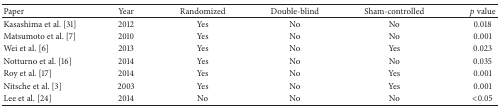
<table><thead><tr><td><b>Paper</b></td><td><b>Year</b></td><td><b>Randomized</b></td><td><b>Double-blind</b></td><td><b>Sham-controlled</b></td><td><b><i>p</i> value</b></td></tr></thead><tbody><tr><td>Kasashima et al. [31]</td><td>2012</td><td>Yes</td><td>No</td><td>No</td><td>0.018</td></tr><tr><td>Matsumoto et al. [7]</td><td>2010</td><td>Yes</td><td>No</td><td>No</td><td>0.001</td></tr><tr><td>Wei et al. [6]</td><td>2013</td><td>Yes</td><td>No</td><td>Yes</td><td>0.023</td></tr><tr><td>Notturno et al. [16]</td><td>2014</td><td>Yes</td><td>No</td><td>No</td><td>0.035</td></tr><tr><td>Roy et al. [17]</td><td>2014</td><td>Yes</td><td>No</td><td>Yes</td><td>0.001</td></tr><tr><td>Nitsche et al. [3]</td><td>2003</td><td>Yes</td><td>No</td><td>Yes</td><td>0.001</td></tr><tr><td>Lee et al. [24]</td><td>2014</td><td>No</td><td>No</td><td>No</td><td>&lt;0.05</td></tr></tbody></table>